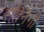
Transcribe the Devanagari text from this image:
सोनिंगी